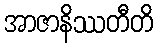
အာဇာနိဿတီတိ